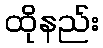
ထိုနည်း